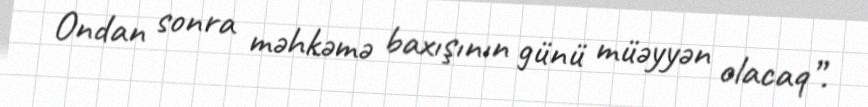
Ondan sonra məhkəmə baxışının günü müəyyən olacaq”.